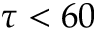
\tau < 6 0